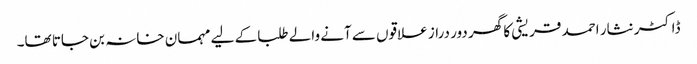
ڈاکٹر نثار احمد قریشی کا گھر دور دراز علاقوں سے آنے والے طلبا کے لیے مہمان خانہ بن جاتا تھا۔